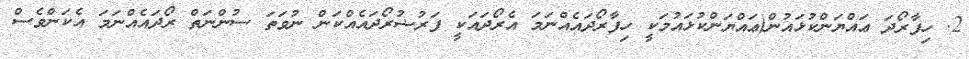
2. ހިފާރޯދަ ޢައްޔަންކުޅައުން(ޢައްޔަންކުޅައުމަކީ ހިފާރޯދައެއްނަމަ އެރޯދައަކީ ފަރުޟުރޯދައެއްކަން ނުވަތަ ސުންނަތް ރޯދައެއްނަމަ އެކަންވެސް